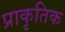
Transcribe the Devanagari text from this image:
प्राकृतिक